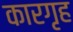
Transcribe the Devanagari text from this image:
कारगृह